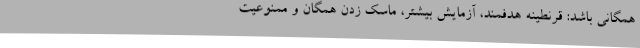
همگانی باشد: قرنطینه هدفمند، آزمایش بیشتر، ماسک زدن همگان و ممنوعیت